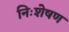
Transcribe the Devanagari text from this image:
निःशेषण